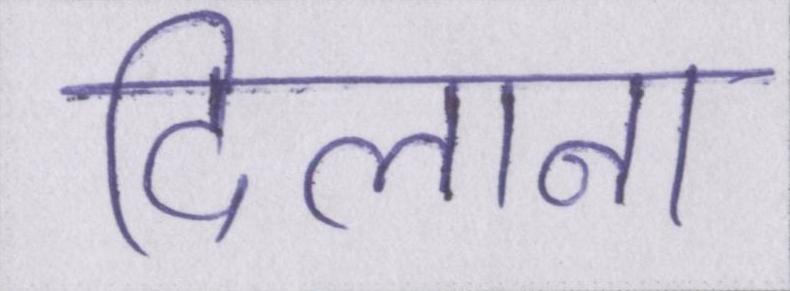
दिलाना